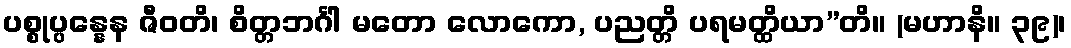
ပစ္စုပ္ပန္နေန ဇီဝတိ၊ စိတ္တဘင်္ဂါ မတော လောကော, ပညတ္တိ ပရမတ္ထိယာ”တိ။ (မဟာနိ။ ၃၉)၊